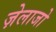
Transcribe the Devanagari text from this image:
ज़ेलाजो